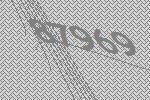
87969